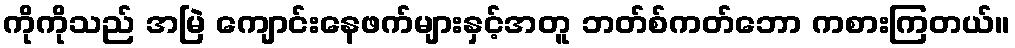
ကိုကိုသည် အမြဲ ကျောင်းနေဖက်များနှင့်အတူ ဘတ်စ်ကတ်ဘော ကစားကြတယ်။